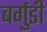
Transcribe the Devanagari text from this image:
बर्गुडी